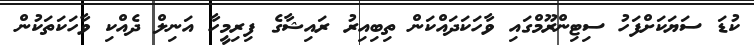
ކުޑަ ސަޔަކަށްފަހު ސިޓިންރޫމްގައި ވާހަކަދައްކަން ތިބިއިރު ރައިޝާގެ ފިރިމީހާ އަނިލް ދެއްކި ވާހަކަތަކުން